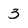
Character: 3